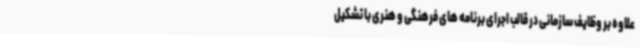
علاوه بر وظایف سازمانی در قالب اجرای برنامه های فرهنگی و هنری با تشکیل